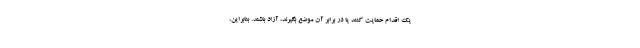
یک اقدام حمایت کنند یا در برابر آن موضع بگیرند، آزاد باشند. بنابراین،